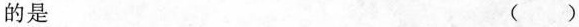
的是 ( )